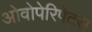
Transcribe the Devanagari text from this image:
ओवोपेरिपेटस